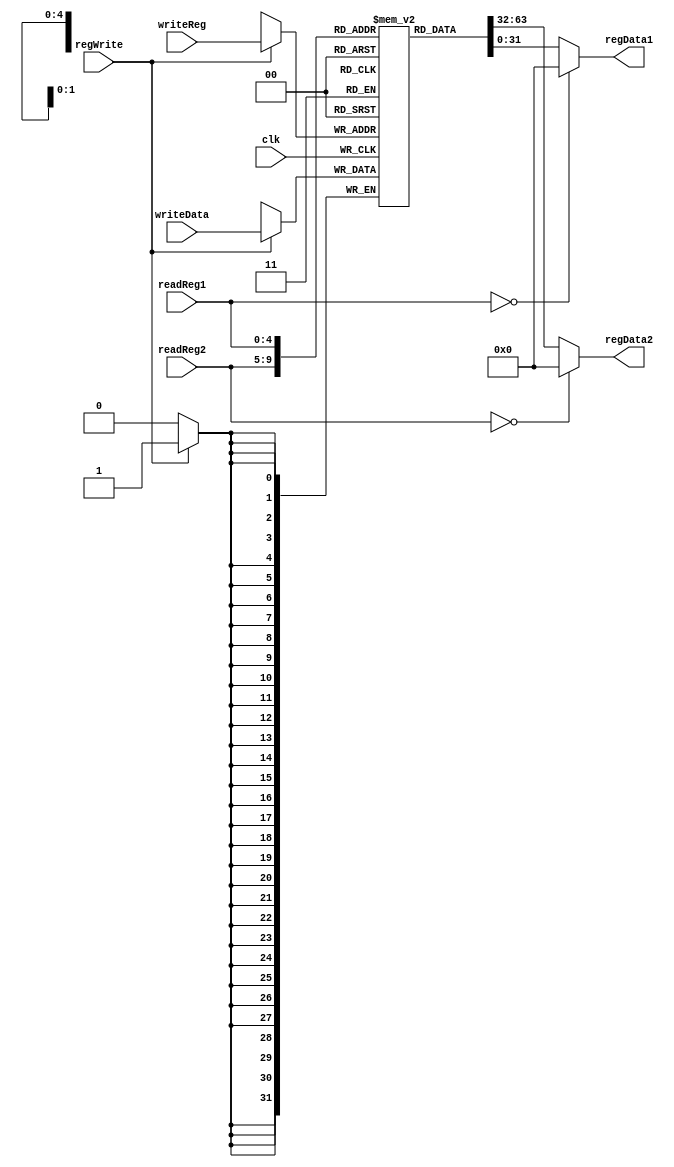
`timescale 1ns/1ns
module regFile(input clk, regWrite, input[4:0] readReg1,readReg2, writeReg, input[31:0] writeData, output reg[31:0] regData1,regData2);
  reg[0:31] regData[31:0];
  always@(readReg1, regData[readReg1])begin
    if(readReg1 == 5'b0) regData1 <= 32'b0;
    else regData1 <= regData[readReg1];
  end
  always@(readReg2, regData[readReg2])begin
    if(readReg2 == 5'b0) regData2 <= 32'b0;
    else regData2 <= regData[readReg2];
  end
  always@(posedge clk) begin
		if(regWrite) regData[writeReg] <= writeData;
	end
endmodule